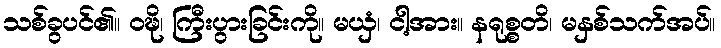
သစ်ခွပင်၏။ ဝဍ္ဎိ၊ ကြီးပွားခြင်းကို။ မယှံ၊ ငါ့အား။ နရုစ္စတိ၊ မနှစ်သက်အပ်။